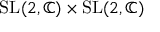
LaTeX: { \mathrm { S L } } ( 2 , \mathbb { C } ) \times { \mathrm { S L } } ( 2 , \mathbb { C } )